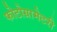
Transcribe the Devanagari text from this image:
फोटोग्रामेटरी